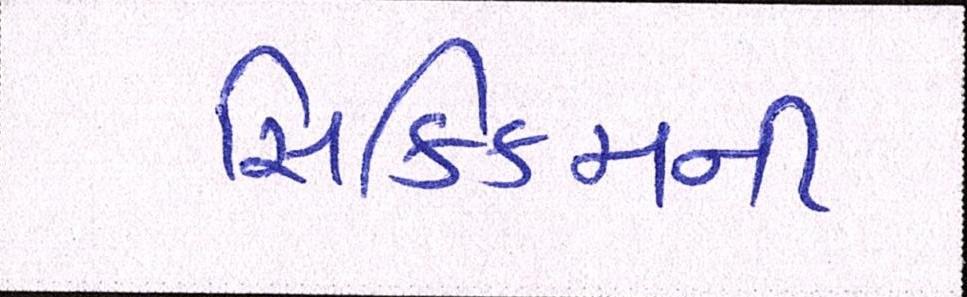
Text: સિક્કિમની